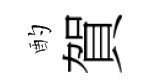
酌賀